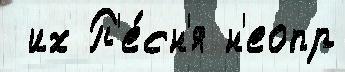
 их П'е́сн'я н'еопр